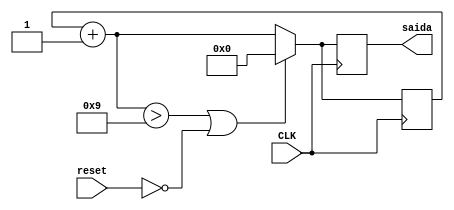
module contadorMOD10 (CLK, reset, saida);

	input CLK;
	input reset;
	
	output reg [3:0]saida;
	
	reg [3:0]contador = 4'b0;
	
	always @(posedge CLK)
		begin
			contador = contador + 4'b1;
			contador = (contador > 9) || (reset == 0) ? 4'b0 : contador;
			
			saida = contador;
		end
endmodule